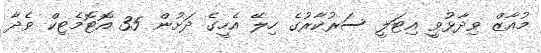
މުއާޒް ވިދާޅުވީ އިޓަލީ ސަރުކާރުގެ ހިލޭ އެހީގެ ދަށުން 35 އޮޓޮމެޓިކް ވެދާ